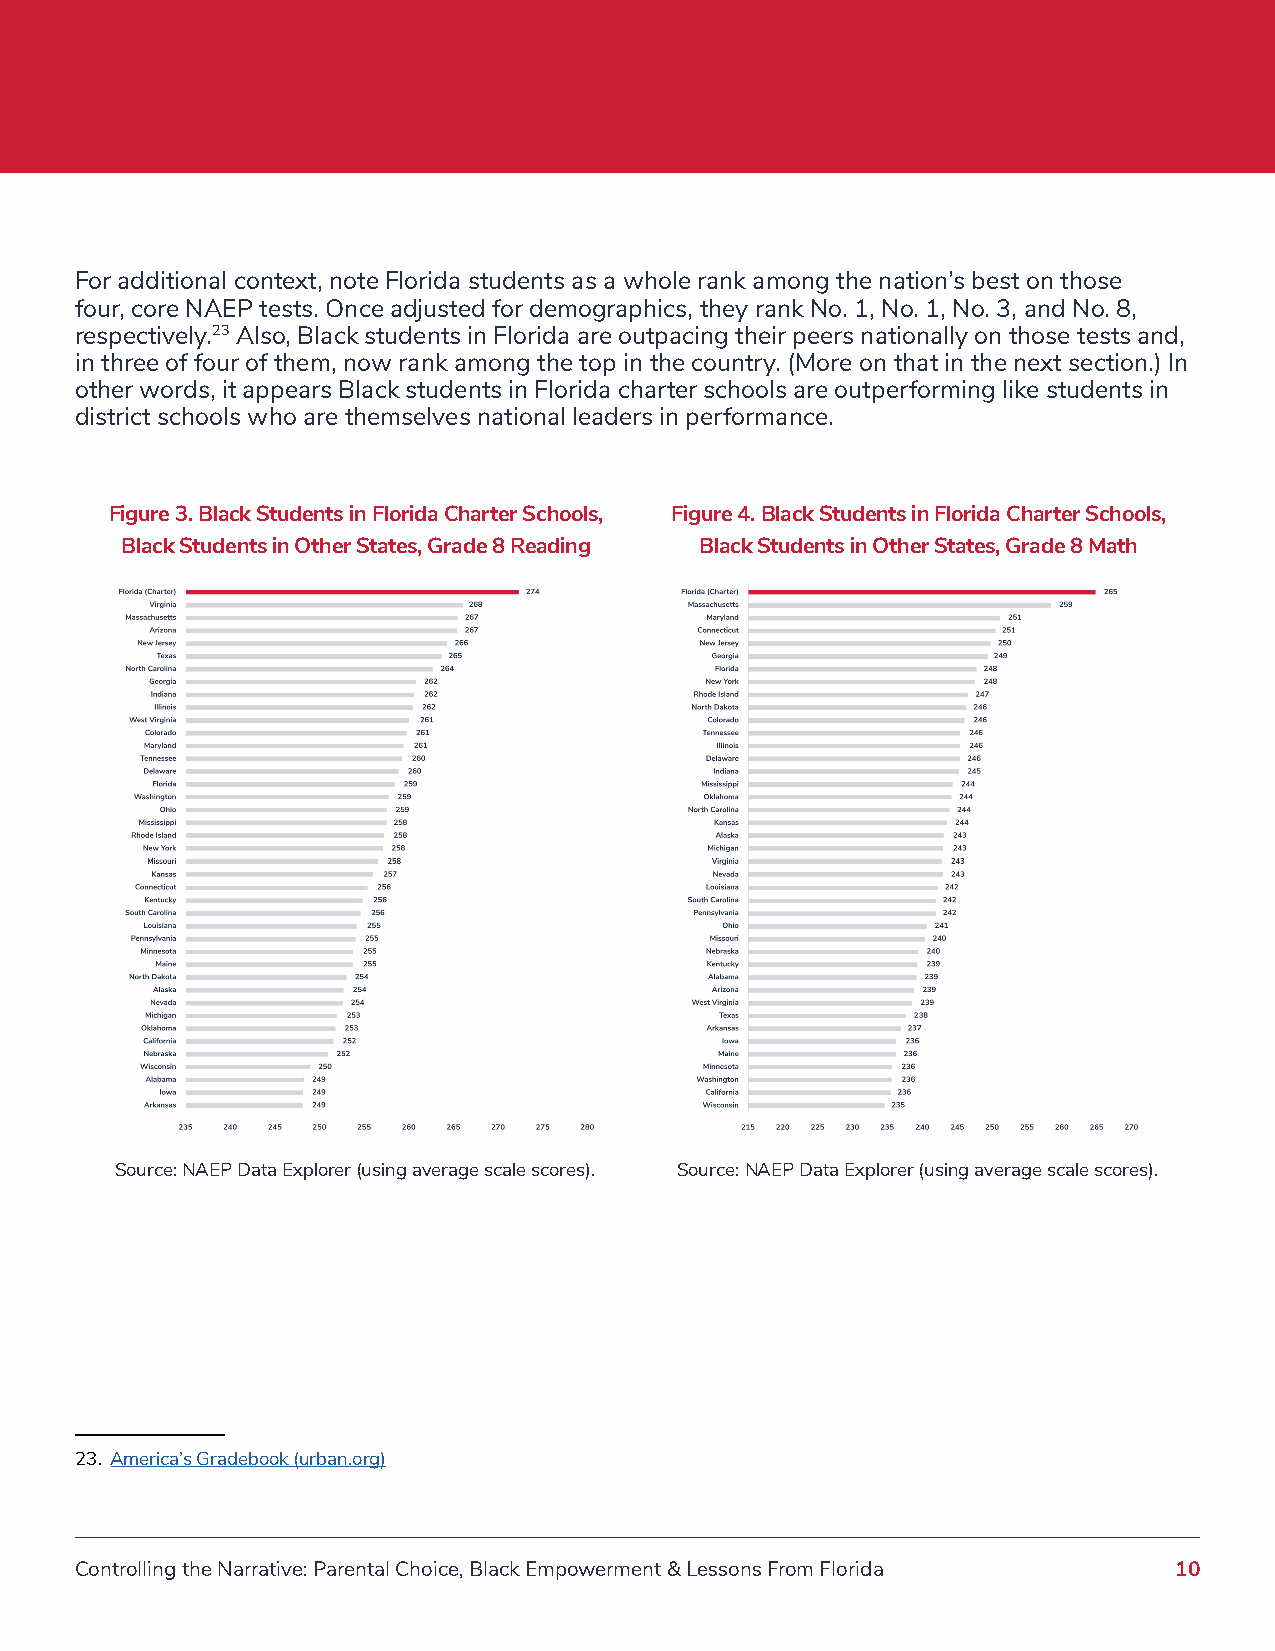
For additional context, note Florida students as a whole rank among the nation’s best on those
 four, core NAEP tests. Once adjusted for demographics, they rank No. 1, No. 1, No. 3, and No. 8,
 respectively.23 Also, Black students in Florida are outpacing their peers nationally on those tests and,
 in three of four of them, now rank among the top in the country. (More on that in the next section.) In
 other words, it appears Black students in Florida charter schools are outperforming like students in
 district schools who are themselves national leaders in performance.
 Figure 3. Black Students in Florida Charter Schools, Figure 4. Black Students in Florida Charter Schools,
 Black Students in Other States, Grade 8 Reading Black Students in Other States, Grade 8 Math
 Source: NAEP Data Explorer (using average scale scores). Source: NAEP Data Explorer (using average scale scores).
 23. America’s Gradebook (urban.org)
 Controlling the Narrative: Parental Choice, Black Empowerment & Lessons From Florida 10